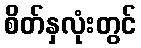
စိတ်နှလုံးတွင်